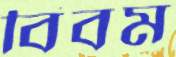
বিবম